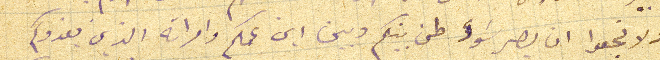
ولا تجعوا ان يصير سَوء طن بينكم وبين ابن عمكم وامراته الذين يغدوكم